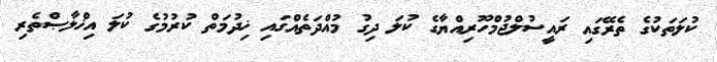
ކުލަތަކުގެ ތެރޭގައި ރައީސުލްޖުމްހޫރިއްޔާގެ ކުލަ ދިގު މުއްދަތެއްގައި ޚިދުމަތް ކުރުމުގެ ކުލަ އިޚްލާޞްތެރި